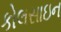
કોલસાઇન